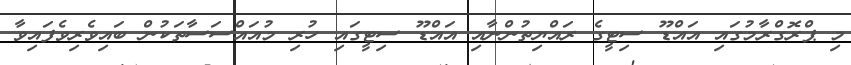
މި ޕްރޮގްރާމުގައި އައްޑޫ ސިޓީގެ ރައްޔިތުންނާއި އައްޑޫ ސިޓީގައި ހުރި މުއައްސަސާތަކުން ބައިވެރިވެފައިވާ